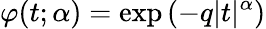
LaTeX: \varphi(t;\alpha)=\exp\left(-q|t|^{\alpha}\right)